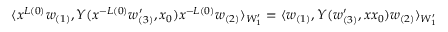
\langle x ^ { L ( 0 ) } w _ { ( 1 ) } , { \cal Y } ( x ^ { - L ( 0 ) } w _ { ( 3 ) } ^ { \prime } , x _ { 0 } ) x ^ { - L ( 0 ) } w _ { ( 2 ) } \rangle _ { W _ { 1 } ^ { \prime } } = \langle w _ { ( 1 ) } , { \cal Y } ( w _ { ( 3 ) } ^ { \prime } , x x _ { 0 } ) w _ { ( 2 ) } \rangle _ { W _ { 1 } ^ { \prime } }